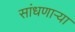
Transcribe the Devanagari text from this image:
सांधणार्‍या